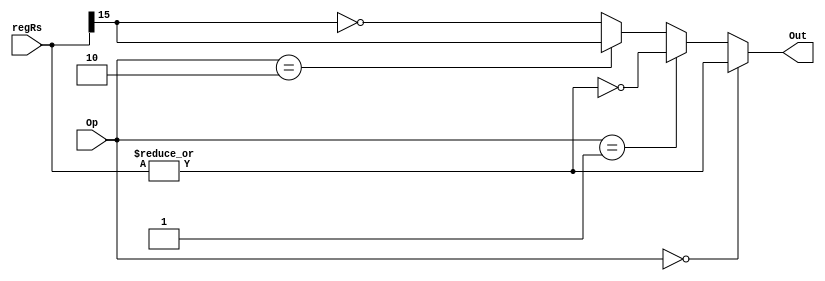
module branch_deci(regRs, Op, Out);
	//Inputs
	input [15:0] regRs;
	input [1:0] Op;
	//Output
	output Out;

	wire notZero;
	assign notZero = |regRs;
	assign Out = (Op == 2'b00) ? notZero :				//BNEZ
				 (Op == 2'b01) ? ~notZero : 			//BEQZ
				 (Op == 2'b10) ? regRs[15] : 			//BLTZ
				 ~regRs[15];							//BGEZ
endmodule